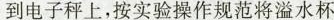
到电子秤上，按实验操作规范将溢水杯